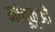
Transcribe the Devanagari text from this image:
मांचूकुओ